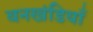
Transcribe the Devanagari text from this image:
बनखंडियाँ